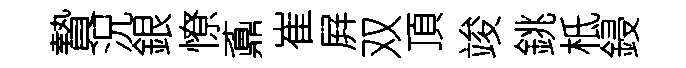
贄況銀憭鼒崔屛双頂竣銚柢鋟